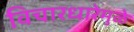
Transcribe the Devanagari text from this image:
विचारधारेमुळे